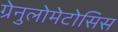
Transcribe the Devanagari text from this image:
ग्रेनुलोमेटोसिस